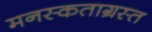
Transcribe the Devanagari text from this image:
मनस्कताग्रस्त